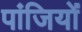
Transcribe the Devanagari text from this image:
पांजियों